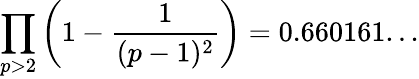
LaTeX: \prod_{p>2}\left(1-{\frac{1}{(p-1)^{2}}}\right)=0.660161...